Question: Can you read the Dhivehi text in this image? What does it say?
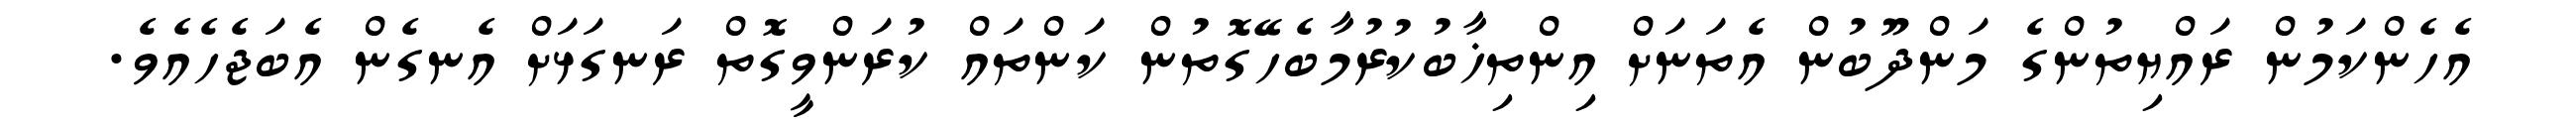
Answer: އެހެންކަމުން ރައްޔިތުންގެ މަންދޫބުން އެތަނަށް އިންތިޚާބުކުރުމާބެހޭގޮތުން ކަންތައް ކުރަންވީގޮތް ރަނގަޅަށް އެނގެން އެބަޖެހެއެވެ.